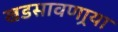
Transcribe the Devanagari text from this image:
खडसावणार्‍या